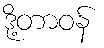
ဒို့တာဝန်